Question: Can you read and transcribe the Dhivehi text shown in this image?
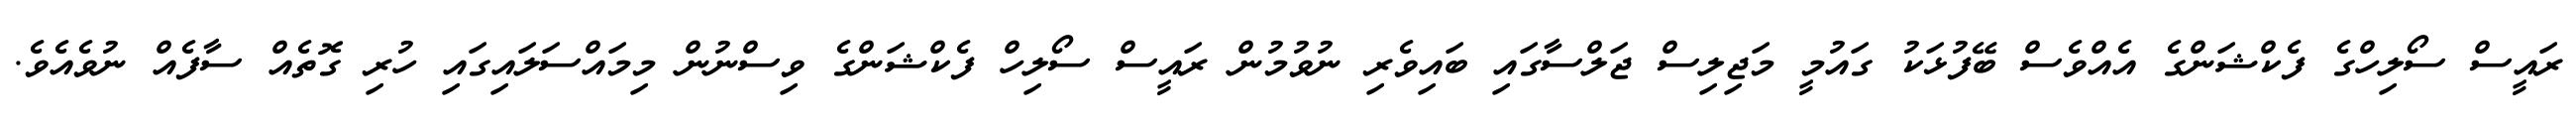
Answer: ރައީސް ސޯލިހްގެ ފެކްޝަންގެ އެއްވެސް ބޭފުޅަކު ގައުމީ މަޖިލިސް ޖަލްސާގައި ބައިވެރި ނުވުމުން ރައީސް ސޯލިހް ފެކްޝަންގެ ވިސްނުން މިމައްސަލައިގައި ހުރި ގޮތެއް ސާފެއް ނުވެއެވެ.